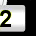
Digit: 2